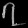
Digit: ၇